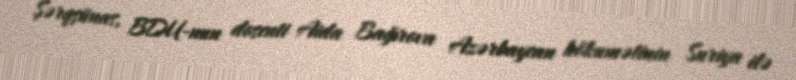
Şərqşünas, BDU-nun dosenti Aida Bağırova Azərbaycan hökumətinin Suriya ilə